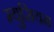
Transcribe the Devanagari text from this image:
म्युसियम